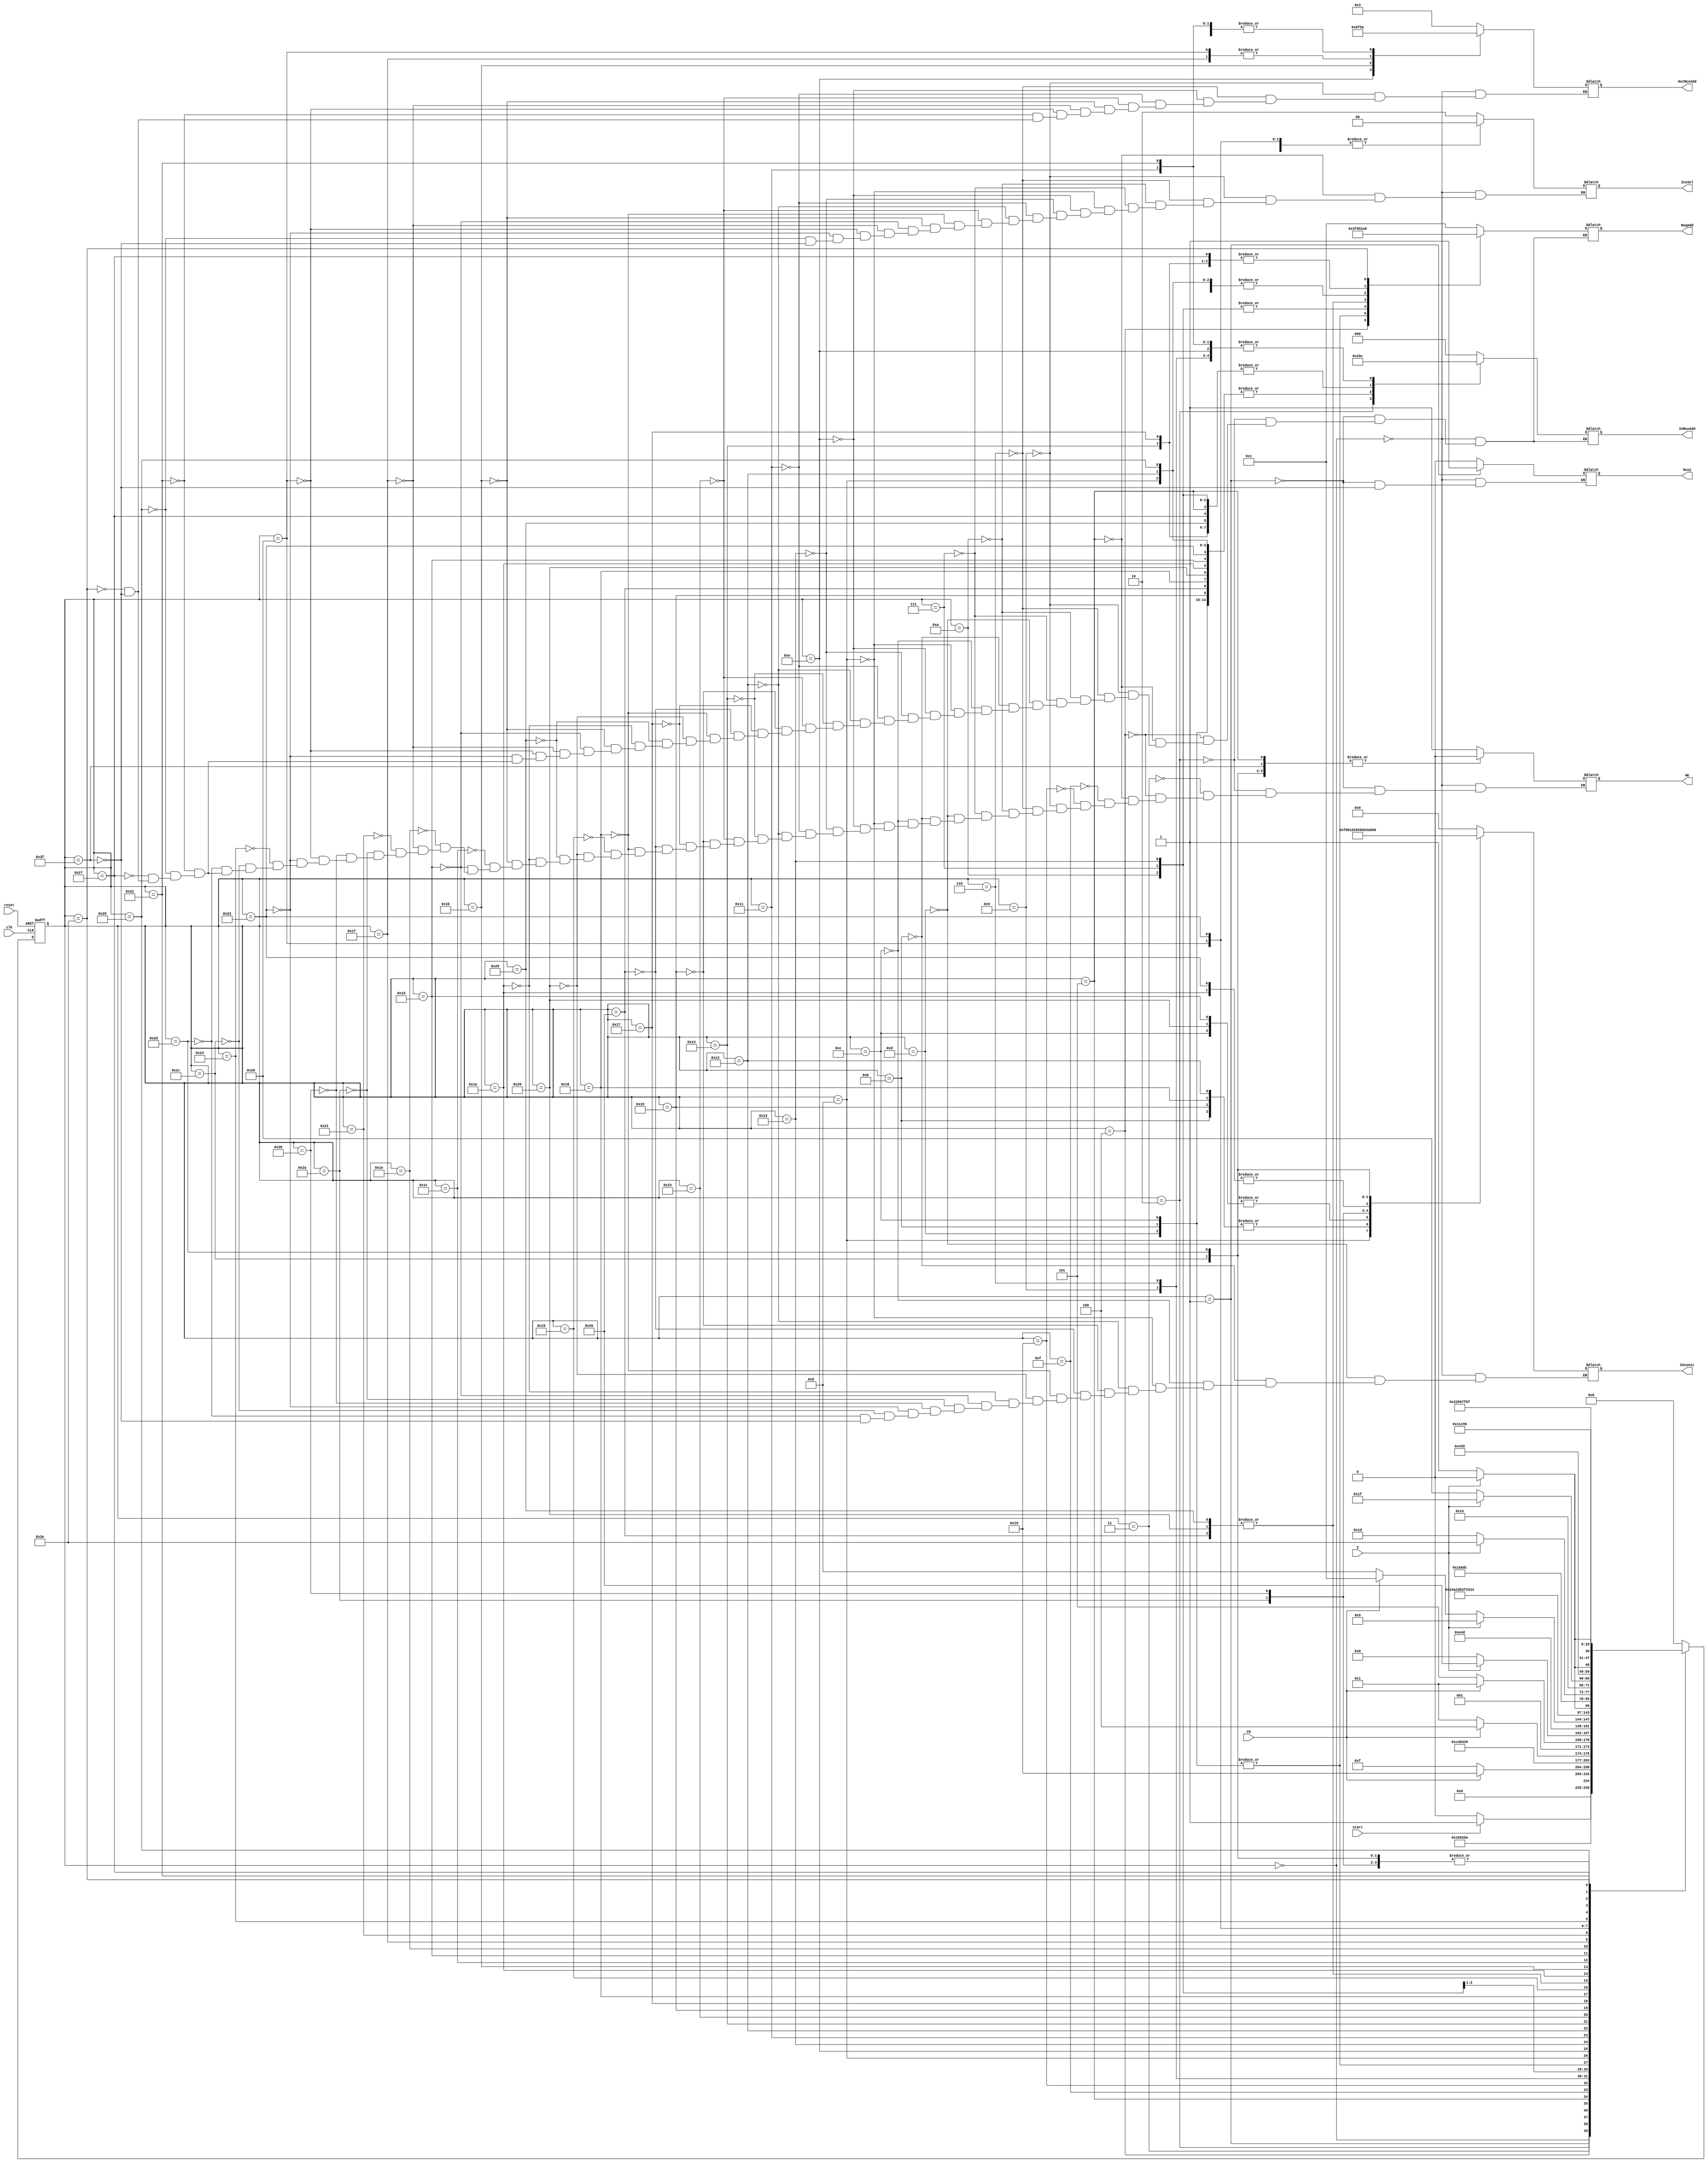
`timescale 1ns / 1ps
module CU(
    input clk,reset,start,CO,Z,
    output reg [7:0] CUconst,
    output reg [2:0] InMuxAdd,
    output reg [3:0] OutMuxAdd,RegAdd,
    output reg WE,busy,
    output reg [1:0] InsSel   
    );
    (*KEEP = "TRUE"*)
    parameter   // total of 48 states (because moore type of machine there is more states then mealy type
        // if we designed that we would have less states)done so i need state_reg of [5:0]
    s_idle 	                = 6'd0,
    s_getA                  = 6'd1,
    s_getB                  = 6'd2,
    s_waitC                 = 6'd3,
    s_getC                  = 6'd4,
    s_firstSum              = 6'd5,
    s_CReg2                 = 6'd6,
    s_secondSum             = 6'd7,
    s_storem3const           = 6'd8,
    s_CReg2_C1              = 6'd9,
    s_secondSum_C1          = 6'd10,
    s_write_CO1             = 6'd11,
    s_write_CO2             = 6'd12,
    s_write_CO0             = 6'd13,
    s_startdiv              = 6'd14,
    s_loadResult            = 6'd15,
    s_loadResult_C1         = 6'd16,
    s_increment             = 6'd17,
    s_const1                = 6'd18,
    s_storedivresult        = 6'd19,
    s_storeincrement        = 6'd20,
    s_b0finish              = 6'd21,
    s_b1finish              = 6'd22,
    s_b2finish              = 6'd23,
    s_store1const           = 6'd24,
    s_storemodreg5          = 6'd25,
    s_store3const2          = 6'd26,
    s_lookcarries           = 6'd27,
    s_andoperation          = 6'd28,
    s_store2const           = 6'd29,
    s_andoperation2         = 6'd30,
    s_onecarryp             = 6'd31,
    s_twocarryp             = 6'd32,
    s_onecarrymod           = 6'd33,
    s_sumwithcarry1         = 6'd34,
    s_store3const3          = 6'd35,
    s_twocarrymod           = 6'd36,
    s_sumwithcarry2         = 6'd37,
    s_mod0                  = 6'd38,
    s_resultintoreg10       = 6'd39,
    s_storemodreg5_Z        = 6'd40,
    s_storemodreg5_NZ       = 6'd41,
    s_SET85                 = 6'd42,
    s_SET86                 = 6'd43,
    s_SET170                = 6'd44,
    s_SET171                = 6'd45,
    s_finish                = 6'd62,  
    s_finished              = 6'd63; // this one is assigned to last value because i was testing according to this value in the testbench 

	(*KEEP = "TRUE"*)   
	reg [5:0]next_state, state_reg;
    
    always @(posedge clk, posedge reset)
    begin
        if(reset==1)
        state_reg <= s_idle;
        else
        state_reg <= next_state;
      end

    always @(*)
    begin
        case(state_reg)
            s_idle: // the idle state when the circuit gets started
            begin
                busy           <= 1'b0;
                CUconst        <= 8'dz;
                WE             <= 1'dz;
                OutMuxAdd      <= 4'dz;
                RegAdd         <= 4'dz;
                InMuxAdd       <= 3'dz;
                InsSel         <= 2'dz;
                next_state     <= s_idle;
                if(start)
                    next_state <= s_getA;
            end

            s_getA: //write InA into register1
            begin
                busy        <= 1'b1;
                InMuxAdd    <= 3'd0;
                RegAdd      <= 4'd1;
                WE          <= 1'b1;
                next_state  <= s_getB;
            end

            s_getB: // write InB into register2
            begin
                WE         <= 1'b1;
                InMuxAdd   <= 3'd1;
                RegAdd     <= 4'd2;
                next_state <= s_waitC;
            end

            s_waitC: // 1 clock cycle wait for C input and give it into the InA ( 2clk cycle after start give the C input to the Ina)
            begin
                WE         <= 1'b0;
                next_state <= s_getC;
            end

            s_getC: // write InC into register3 //
            begin
                InMuxAdd   <= 3'd0;
                RegAdd     <= 4'd3;
                WE         <= 1'b1;
                next_state <= s_firstSum;
            end
            
            s_firstSum:  // do the A+B operation and store it into Reg1, if carry produced there is different branching
            begin
                WE          <= 1'b0;
                InsSel      <= 2'd2;
                InMuxAdd    <= 3'd3;
                RegAdd      <= 4'd1;
                next_state  <= s_loadResult;
                if(CO) begin
                    next_state <= s_loadResult_C1;
                end         
            end

            s_loadResult: // load the result produced from A+B into register1 (no carry branch)
            begin  
                WE         <= 1'b1;
                next_state <= s_CReg2;
            end

            s_loadResult_C1: // load the result produced from A+B into register1 (one carry branch)
            begin  
                WE         <= 1'b1;
                next_state <= s_CReg2_C1;
            end


            s_CReg2_C1: // get the C data into reg2 (one carry branch)
            begin
                WE          <= 1'b1;
                InsSel      <= 2'd2;
                OutMuxAdd   <= 4'd3;
                InMuxAdd    <= 3'd4;
                RegAdd      <= 4'd2;
                next_state  <= s_secondSum_C1;
            end

            s_CReg2: // get the C data into reg2 (no carry branch)
            begin
                WE          <= 1'b1;
                InsSel      <= 2'd2;
                OutMuxAdd   <= 4'd3;
                InMuxAdd    <= 3'd4;
                RegAdd      <= 4'd2;
                next_state  <= s_secondSum;
            end

            s_secondSum_C1: // (one carry branch)  do the (A+B) + C operation  store it into REG9 if there is a carry then go into 
                // two carry branch if not there is only one carry so go into one carry branch
            begin
                WE          <= 1'b1;
                InsSel      <= 2'd2;
                InMuxAdd    <= 3'd3;
                RegAdd      <= 4'd9;
                next_state  <= s_write_CO1;//one carry branch i'll write into a register so ican later know that there was one carry produced
                if(CO)
                    next_state <= s_write_CO2;//two carry branch i'll write into a register so ican later know that there was two carry produced
            end

            s_secondSum: //(0 carry branch) do the (A+B) + C operation  store it into REG9 if there is a carry then go into 
                // one carry branch if not there is no carry so go into no carry branch
            begin
                WE          <= 1'b1;
                InsSel      <= 2'd2;
                InMuxAdd    <= 3'd3;
                RegAdd      <= 4'd9;
                next_state  <= s_write_CO0; //zero carry branch i'll write into a register so ican later know that there was one carry produced
                if(CO)
                    next_state <= s_write_CO1; //one carry branch i'll write into a register so ican later know that there was one carry produced
            end

            s_write_CO0: // no carry produced, reg15 has the value stored 0 
            begin
                RegAdd      <= 4'd15;
                WE          <= 1'b1;  
                CUconst     <= 8'd0;
                InMuxAdd    <= 3'd2;
                next_state  <= s_storem3const;
                if(Z)
                    next_state <= s_mod0; // if the whole multiplication had produced zero (carry's not included)
            end

            s_write_CO1: // one carry produced, reg15 has the value stored 1 
            begin
                InMuxAdd    <= 3'd2;
                RegAdd      <= 4'd15;
                WE          <= 1'b1;
                CUconst     <= 8'd1;
                next_state  <= s_storem3const;
                if(Z)
                    next_state <= s_mod0; // if the whole multiplication had produced zero (carry's not included)
            end

            s_write_CO2: // two carry produced, reg15 has the value stored 2 
            begin
                RegAdd       <= 4'd15;
                WE           <= 1'b1;
                CUconst      <= 8'd2;
                InMuxAdd     <= 3'd2;
                next_state   <= s_storem3const;
                if(Z)
                    next_state <= s_mod0; // if the whole multiplication had produced zero (carry's not included)
            end

            s_storem3const: // minus three (in 2's complement) stored into register2 second operand of ALU
            // i will constantly subtract three from the (A+B+C) (not included carries)
            begin
                CUconst     <= 8'b11111101;
                InMuxAdd    <= 3'd2;
                RegAdd      <= 4'd2;
                WE          <= 1'b1;
                InsSel      <= 2'd2;
                next_state  <= s_startdiv;
            end
            
            s_startdiv: // start division by 3 by adding -3 to the (A+B+C)
            begin
                WE          <= 1'b1;
                InsSel      <= 2'd2;
                OutMuxAdd   <= 4'd9; 
                InMuxAdd    <= 3'd4;
                RegAdd      <= 4'd1;        
                next_state  <= s_storedivresult;
            end

            s_storedivresult: //store the subtracted data into reg9
            begin
                WE          <= 1'b1;
                InMuxAdd    <= 3'd3;
                RegAdd      <= 4'd9;
                InsSel      <= 2'd2;
                next_state  <= s_increment; // go into incrementing result value which starts from zero becasue default value of reg's are 
                // set to be zero in my design
                if(Z)
                    next_state <= s_b0finish; // if zero is produced then go into s_b0finish to add 1 to the result (also the mod3 is zero)
                else if (!CO)
                    next_state <= s_store1const; // because i am working with two's complement I know that there will always be a carry 
                    // unless the result is less then 3 or equal to 3.
            end

            s_increment: // register10 (increment register) into register1 to add 1
            begin
                InsSel      <= 2'd2;
                WE          <= 1'b1;
                InMuxAdd    <= 3'd4;
                RegAdd      <= 4'd1;
                OutMuxAdd   <= 4'd10;
                next_state  <= s_const1;
            end

            s_const1: // constant 1 into register2, as well as adding them together
            begin
                RegAdd      <= 4'd2;
                WE          <= 1'b1;
                InsSel      <= 2'd2;
                CUconst     <= 8'd1;
                InMuxAdd    <= 3'd2;
                next_state  <= s_storeincrement;
            end

            s_storeincrement: // store the increment into register10 again
            begin
                WE          <= 1'b1;
                InMuxAdd    <= 3'd3;
                RegAdd      <= 4'd10;
                next_state  <= s_storem3const;
            end
          
            s_b0finish: // Get the value of increment into Reg1 
            begin
                InsSel      <= 2'd2;
                WE          <= 1'b1;
                InMuxAdd    <= 3'd4;
                RegAdd      <= 4'd1;
                OutMuxAdd   <= 4'd10;
                next_state  <= s_b1finish;
            end

            s_b1finish: // constant 1 into register2, while adding 1 to the increment
            begin
                WE          <= 1'b1;
                CUconst     <= 8'd1;
                InMuxAdd    <= 3'd2;
                RegAdd      <= 4'd2;
                next_state  <= s_b2finish;
            end

            s_b2finish: // store the increment into register10 again 
            begin
                WE          <= 1'b1;
                InMuxAdd    <= 3'd3;
                RegAdd      <= 4'd10;
                next_state  <= s_mod0; // because the result was 3 which means (A+B+C) mod3 = 0
            end

            s_mod0: // we write 0 into the reg5 which is holding the (A+B+C) (mod3) value
            begin
                CUconst     <= 8'd0;
                WE          <= 1'b1;
                InMuxAdd    <= 3'd2;
                RegAdd      <= 4'd5;
                next_state  <= s_store3const2;
            end
            
            s_store1const: // when the (A+B+C) % mod3 != 0 (came here by branch with !CO)
            // then we and the AluInA with 1 if zero mod3 is 2, else mod3 is 1
            begin
                CUconst     <= 8'd1;
                WE          <= 1'b1;
                InMuxAdd    <= 3'd2;
                RegAdd      <= 4'd2;
                InsSel      <= 2'd0;
                next_state  <= s_storemodreg5;
            end

            s_storemodreg5: // write the mod result into reg5 branching state
            begin // when we do the and operation 1 with the last result produced from the (A+B+C) 
                WE            <= 1'b0;
                if(Z) // if zero go into s_storemodreg5_Z
                    next_state <= s_storemodreg5_Z; 
                else // if not zero go into s_storemodreg5_NZ
                    next_state <= s_storemodreg5_NZ;
            end

            s_storemodreg5_Z: // result was 2 so store 2 into reg5 (mod3 is 2)
            begin
                CUconst  <= 8'd2;
                WE       <= 1'b1;
                InMuxAdd <= 3'd2;
                RegAdd   <= 4'd5;
                next_state <= s_store3const2;
            end

            s_storemodreg5_NZ: // the result was 1 so store it into reg5 (mod3 is 1)
            begin
                InMuxAdd <= 3'd3;
                WE       <= 1'b1;
                RegAdd   <= 4'd5;
                next_state <= s_store3const2;
            end

            s_store3const2: // 3 in decimal which is bits "11" into reg2 
            begin
                CUconst     <= 8'd3;
                WE          <= 1'b1;
                InMuxAdd    <= 3'd2;
                RegAdd      <= 4'd2;
                next_state  <= s_lookcarries;
            end

            s_lookcarries: // to understand if there was 0 carrys produced we and it with "11" 
            begin
                WE          <= 1'b1;
                OutMuxAdd   <= 4'd15;
                InMuxAdd    <= 3'd4;
                RegAdd      <= 4'd1;
                InsSel      <= 2'd0;
                next_state  <= s_andoperation;
            end

            s_andoperation: // if zero (because we and it 11 and the carry register had the value of 0 or 1 or 2) which
            // means there was no carry so we go into s_finish state
            // else we still have to check if there was 1 or 2 carries produced
            begin
                WE             <= 1'b0;
                if(Z)
                    next_state <= s_finish;
                else
                    next_state <= s_store2const;  
                       
            end

            s_store2const: // we and with 2 in decimal and "10" in bits
            begin
                CUconst     <= 8'd2;
                WE          <= 1'b1;
                InsSel      <= 2'd0;
                InMuxAdd    <= 3'd2;
                RegAdd      <= 4'd2;
                next_state  <= s_andoperation2;
            end

            s_andoperation2: // if zero produced which means the carry produced was 1 so we go into s_onecarryp branch
            // else means two carry produced we go into s_twocarryp branch
            begin
                WE             <= 1'b0;
                if(Z)
                    next_state <= s_onecarryp;
                else
                    next_state <= s_twocarryp;
            end

            s_onecarryp: // mod result from reg5 into reg1, reg2 has already 2 constant (10) from before
            // and and them with each other to know if there is a zero flag
            begin
                OutMuxAdd   <= 4'd5;
                InsSel      <= 2'd0;
                InMuxAdd    <= 3'd4;
                WE          <= 1'b1;
                RegAdd      <= 4'd1;
                next_state  <= s_onecarrymod;
            end

            s_onecarrymod: // this is for precision calculations if one carry was produced and the mod3 result & 2
                // would be zero and carry would do 255/3 = 85.33 and we know that result has the value something like .33 so 
                // the rounding will be floored because .33 + .33 = .67, if it is not zero which means the mod value is 2 and it
                // is something like .67 and the carry would be 85.33 so .33 + .67 which means the result must be increased by 1
            begin
                WE             <= 1'b0;
                if(Z)
                    next_state <= s_SET85;
                else
                    next_state <= s_SET86;
            end

            s_SET85: // set the CUconst 85
            begin
                WE          <= 1'b0;
                CUconst     <= 8'd85;
                next_state  <= s_sumwithcarry1;
            end

            s_SET86: // set the CUconst 86
            begin
                WE          <= 1'b0;
                CUconst     <= 8'd86;
                next_state  <= s_sumwithcarry1;
            end

            s_twocarryp: //mod result from reg5 into reg1
            begin
                OutMuxAdd   <= 4'd5;
                InMuxAdd    <= 3'd4;
                InsSel      <= 2'd0;
                WE          <= 1'b1;
                RegAdd      <= 4'd1;
                next_state  <= s_store3const3;
            end

            s_store3const3: //store 3 constant into reg2 and do the and operation
            begin
                CUconst     <= 8'd3;
                InMuxAdd    <= 3'd2;
                RegAdd      <= 4'd2;
                InsSel      <= 2'd0;
                WE          <= 1'b1;
                next_state  <= s_twocarrymod;
            end

            s_twocarrymod: // this is for precision calculations if two carry was produced and the mod3 result & 3
                // would be zero and carry would do (255/3)*2 = 170.67 and we know that result has the value has no mod .00 so 
                // the rounding will be floored because  .67, if it is not zero which means the mod value is either 2 or 1 and it
                // is something like .67 or .33 and the carry would be 170.76 so (.33 or .67) + .67 which means the result must be increased by 1
            begin
                WE         <= 1'b0;
                if(Z)
                    next_state <= s_SET170;   
                else
                    next_state <= s_SET171;
            end

            s_SET170: // set the CUconst 170
            begin
                WE         <= 1'b0;
                CUconst    <= 8'd170;
                next_state <= s_sumwithcarry1;
            end

            s_SET171: // set the CUconst 171
            begin
                WE         <= 1'b0;
                CUconst    <= 8'd171;
                next_state <= s_sumwithcarry1;
            end

            s_sumwithcarry1: // get the division result value from reg10 into reg1
            begin
                InMuxAdd    <= 3'd4;
                OutMuxAdd   <= 4'd10;
                WE          <= 1'b1;
                RegAdd      <= 4'd1;
                next_state  <= s_sumwithcarry2;
            end

            s_sumwithcarry2: // addition with the CUconst with division result value from reg10 
            begin       
                InMuxAdd    <= 3'd2; 
                WE          <= 1'b1;
                RegAdd      <= 4'd2;
                InsSel      <= 2'd2;
                next_state  <= s_resultintoreg10;
            end

            s_resultintoreg10: // result into REG10 again
            begin
                InMuxAdd    <= 3'd3;
                WE          <= 1'b1;
                RegAdd      <= 4'd10;
                next_state  <= s_finish;
            end

            s_finish: // result from REG10 into REG0(out)
            begin
                WE          <= 1'b1;
                InMuxAdd    <= 3'd4;
                OutMuxAdd   <= 4'd10;
                RegAdd      <= 4'd0;
                next_state  <= s_finished;
            end

            s_finished: // busy flag set to be 0 and go into s_idle state and reset all the used control registers
            begin
                CUconst     <= 8'dz;
                busy        <= 1'b0;
                WE          <= 1'b0;
                OutMuxAdd   <= 4'bz;
                RegAdd      <= 4'bz;
                InMuxAdd    <= 3'bz;
                InsSel      <= 2'bz;
                next_state  <= s_idle;
            end

            default:
                next_state <= s_idle;
                
        endcase
      end
endmodule